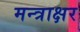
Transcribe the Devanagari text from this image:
मन्त्राक्षर